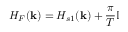
H _ { F } ( { \bf k } ) = H _ { s 1 } ( { \bf k } ) + \frac { \pi } { T } \mathbb { I }